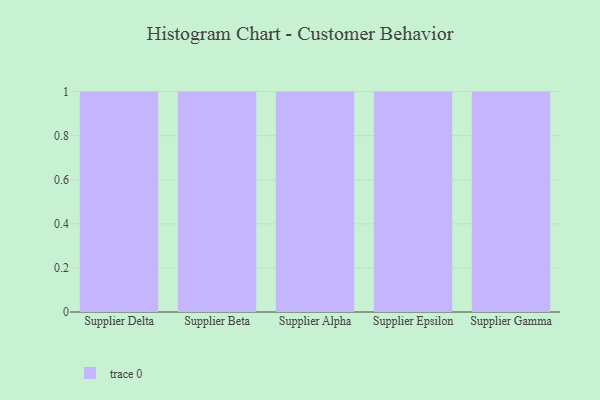
{"axis": {"x": "Supplier", "y": "Tickets Resolved"}, "legend": [""], "data": [{"x": "Supplier Delta", "y": 95, "type": ""}, {"x": "Supplier Beta", "y": 54, "type": ""}, {"x": "Supplier Alpha", "y": 10, "type": ""}, {"x": "Supplier Epsilon", "y": 48, "type": ""}, {"x": "Supplier Gamma", "y": 42, "type": ""}]}